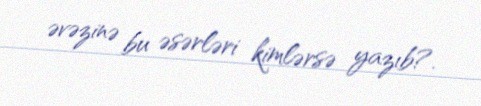
əvəzinə bu əsərləri kimlərsə yazıb?.